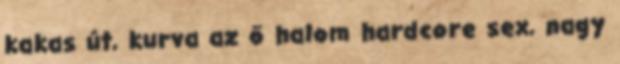
kakas út, kurva az ő halom hardcore sex, nagy